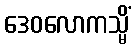
ဒေဝလောကသ္မိံ